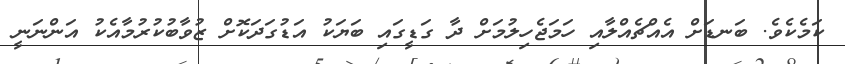
ކަމެކެވެ. ބަނޑަށް އެއްޗެއްލާއި ހަމަޖެހިލުމަށް ދާ ގަޑީގައި ބަޔަކު އަޑުގަދަކޮށް ޒުވާބުކުރުމާއެކު އަންނަނީ